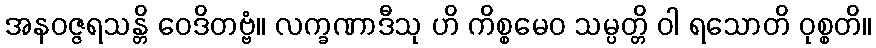
အနဝဇ္ဇရသန္တိ ဝေဒိတဗ္ဗံ။ လက္ခဏာဒီသု ဟိ ကိစ္စမေဝ သမ္ပတ္တိ ဝါ ရသောတိ ဝုစ္စတိ။